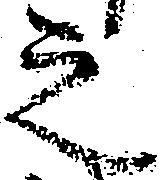
之